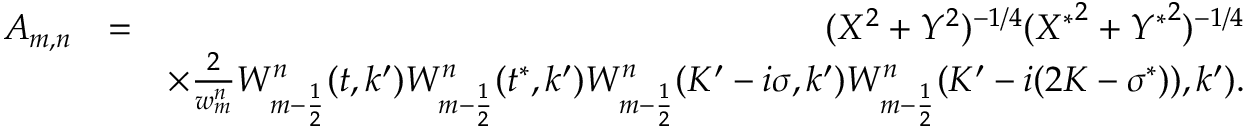
\begin{array} { r l r } { A _ { m , n } } & { = } & { ( X ^ { 2 } + Y ^ { 2 } ) ^ { - 1 / 4 } ( { X ^ { \ast } } ^ { 2 } + { Y ^ { \ast } } ^ { 2 } ) ^ { - 1 / 4 } } \\ & { } & { \times \frac { 2 } { w _ { m } ^ { n } } W _ { m - \frac 1 2 } ^ { n } ( t , k ^ { \prime } ) W _ { m - \frac 1 2 } ^ { n } ( t ^ { \ast } , k ^ { \prime } ) W _ { m - \frac 1 2 } ^ { n } ( K ^ { \prime } - i \sigma , k ^ { \prime } ) W _ { m - \frac 1 2 } ^ { n } ( K ^ { \prime } - i ( 2 K - \sigma ^ { \ast } ) ) , k ^ { \prime } ) . } \end{array}